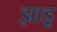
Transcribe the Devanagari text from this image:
झाडू़